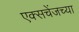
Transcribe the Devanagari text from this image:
एक्सचेंजच्या